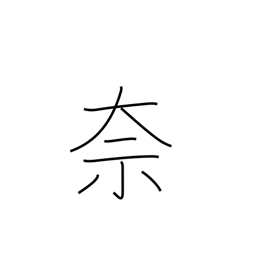
Meaning: what?